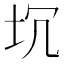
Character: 坈